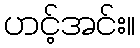
ဟင့်အင်း။